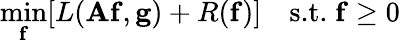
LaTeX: \operatorname*{min}_{\mathbf{f}}[L(\mathbf{Af},\mathbf{g})+R(\mathbf{f})]\quad\textrm{s.t.}\; \mathbf{f}\geq 0